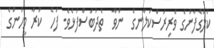
ކަލޭގެފާނުގެ ވެރިރަސްކަލާނގެ  ންވާ  ތެދުބަސްފުޅެވެ. ފަހެ  ކުރާ މީހުންގެ